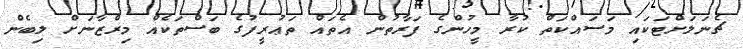
ޗެނަލަށްޓަކައި މަސައްކަތް ކުރާ މީހުންގެ ފަރާތުން އެތައް ތަޢުރީފުގެ ބަސްތަކެއް މިރްޒާނަށް ލިބެން